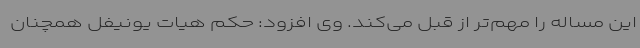
این مساله را مهم‌تر از قبل می‌کند. وی افزود: حکم هیات یونیفل همچنان